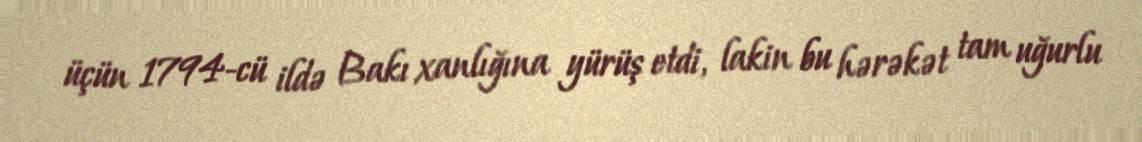
üçün 1794-cü ildə Bakı xanlığına yürüş etdi, lakin bu hərəkət tam uğurlu